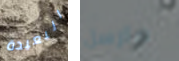
البعيدة مارسل